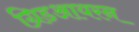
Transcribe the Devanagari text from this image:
ग्रिडआयरन